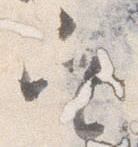
定